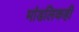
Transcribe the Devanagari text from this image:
मांडलिकही